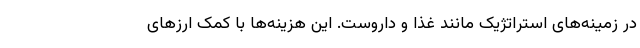
در زمینه‌های استراتژیک مانند غذا و داروست. این هزینه‌ها با کمک ارز‌های